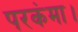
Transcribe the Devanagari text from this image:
परकंमा।